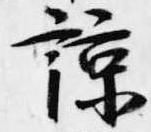
諒